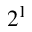
2 ^ { 1 }